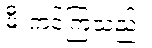
မီးကင်ကြသည်။